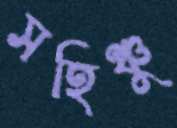
সহিঞ্চু